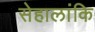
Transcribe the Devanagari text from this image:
सेहालांकि